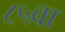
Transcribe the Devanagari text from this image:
८५वा